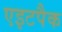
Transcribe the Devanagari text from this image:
एइटपैक